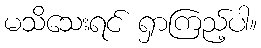
မသိသေးရင် ရှာကြည့်ပါ။